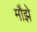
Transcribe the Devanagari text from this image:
मौझे